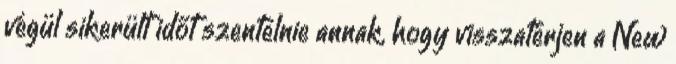
végül sikerült időt szentelnie annak, hogy visszatérjen a New